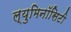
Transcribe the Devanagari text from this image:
ल्युमिनॉसिटी